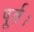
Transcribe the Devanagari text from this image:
पूर्त।